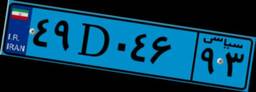
۴۹D۰۴۶۹۳